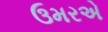
ઉમરએ